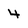
Character: 4